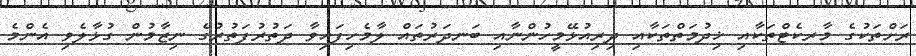
ރަށްތަކުގެ މާރކެޓްތަކާއި ޚިދުމަތްތަކާއި ދިރިއުޅޭމީހުންނާއި ބަނދަރުތައް ލާމެހިފައިވާ ދަތުރުފަތުރުގެ ނިޒާމުން ގުޅާލެވި އެންމެ